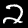
Digit: 2